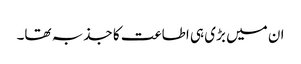
ان میں بڑی ہی اطاعت کا جذبہ تھا۔